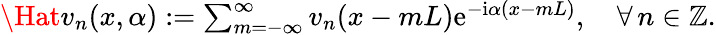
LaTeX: \begin{array}{r}{\Hat{v}_{n}(x,\alpha):=\sum_{m=-\infty}^{\infty}v_{n}(x-mL)\mathrm{e}^{-\mathrm{i}\alpha(x-mL)},\quad\forall\, n\in\mathbb{Z}.}\end{array}